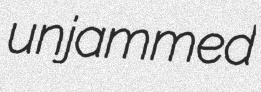
unjammed